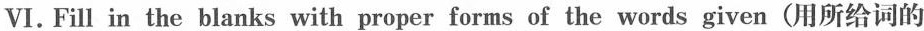
VI. Fill in the blanks with proper forms of the words given(用所给词的